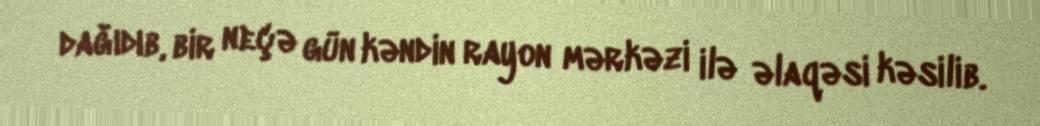
dağıdıb, bir neçə gün kəndin rayon mərkəzi ilə əlaqəsi kəsilib.